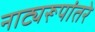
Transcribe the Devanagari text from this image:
नाट्यरूपांतरे